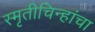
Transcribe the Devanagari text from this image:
स्मृतीचिन्हांचा